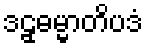
ဒဠှဓမ္မာတိပဒံ